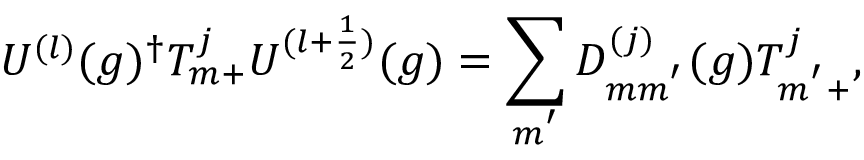
U ^ { ( l ) } ( g ) ^ { \dagger } T _ { m + } ^ { j } U ^ { ( l + \frac { 1 } { 2 } ) } ( g ) = \sum _ { m ^ { ' } } D _ { m m ^ { ' } } ^ { ( j ) } ( g ) T _ { m ^ { ' } + } ^ { j } ,